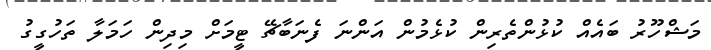
މަޝްހޫރު ބައެއް ކުޅުންތެރިން ކުޅެމުން އަންނަ ފެނަބާޗޭ ޓީމަށް މިދިން ހަމަލާ ތަހުގީގު